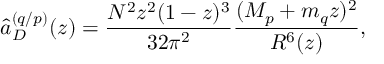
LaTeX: \hat { a } _ { D } ^ { ( q / p ) } ( z ) = \frac { N ^ { 2 } z ^ { 2 } ( 1 - z ) ^ { 3 } } { 3 2 \pi ^ { 2 } } \frac { ( M _ { p } + m _ { q } z ) ^ { 2 } } { R ^ { 6 } ( z ) } ,